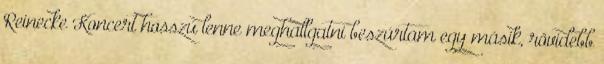
Reinecke Koncert hosszú lenne meghallgatni beszúrtam egy másik, rövidebb